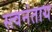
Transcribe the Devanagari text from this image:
स्त्वनंताय